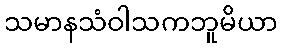
သမာနသံဝါသကဘူမိယာ